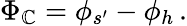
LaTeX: \Phi_{\mathbb{C}}=\phi_{s^{\prime}}-\phi_{h}\, .